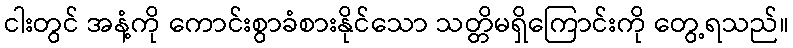
ငါးတွင် အနံ့ကို ကောင်းစွာခံစားနိုင်သော သတ္တိမရှိကြောင်းကို တွေ့ရသည်။